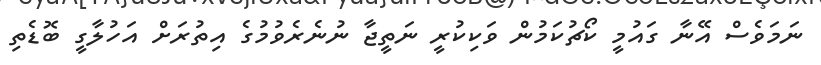
ނަމަވެސް އޭނާ ގައުމީ ކޯޗުކަމުން ވަކިކުރީ ނަތީޖާ ނުނެރެވުމުގެ އިތުރަށް އަހުލާގީ ބޮޑެތި